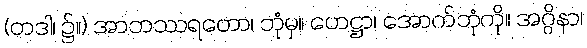
(တဒါ၊ ၌။) အာဘဿရတော၊ ဘုံမှ။ ဟေဋ္ဌာ၊ အောက်ဘုံကို။ အဂ္ဂိနာ၊